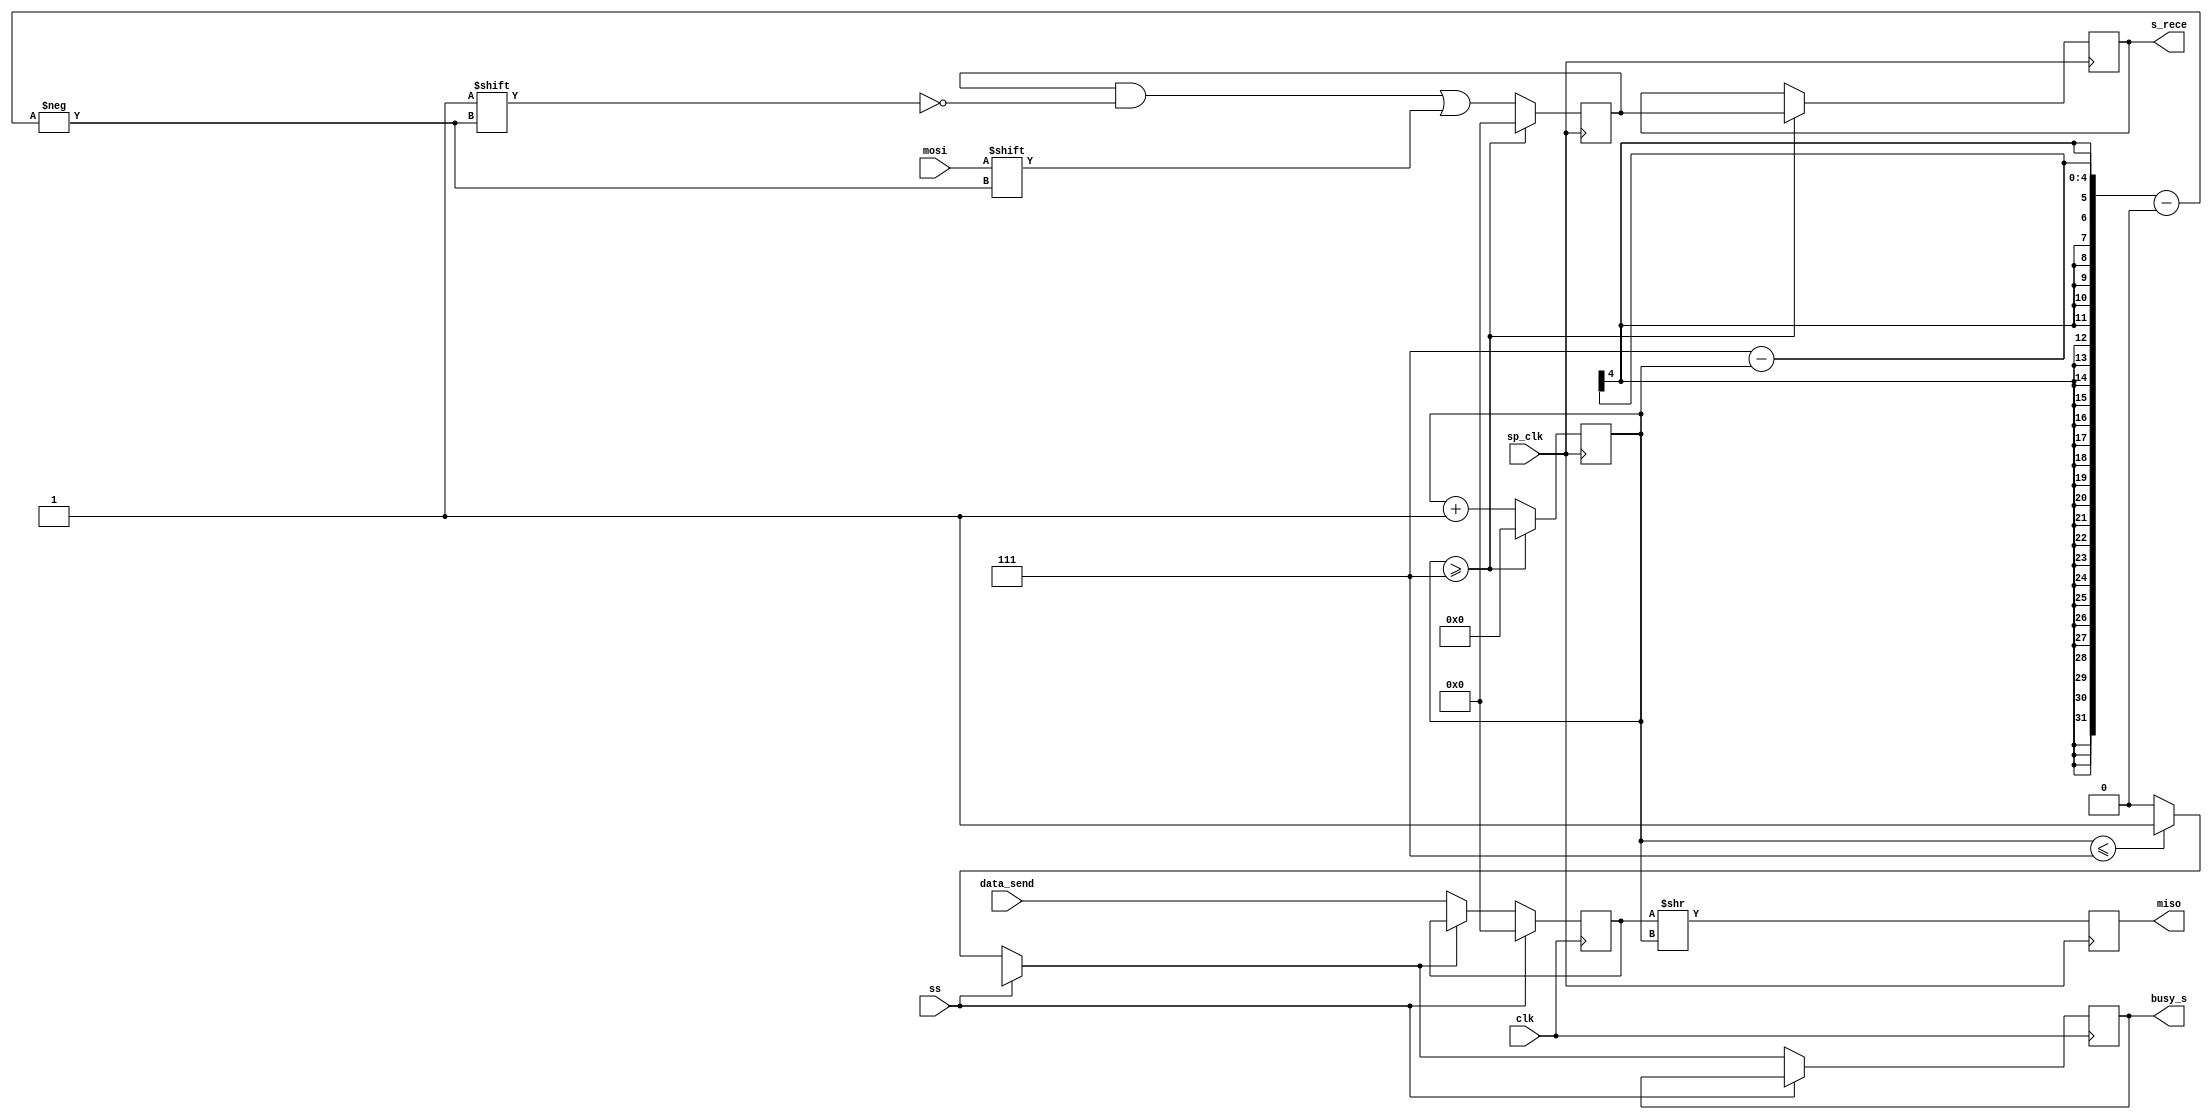
`timescale 1ns / 1ps
//////////////////////////////////////////////////////////////////////////////////
// Company: UET Lahore
// 
// Design Name: 
// Module Name: sp1_s
// Project Name: 
// Target Devices: 
// Tool Versions: 
// Description: 
// 
// Dependencies: 
// 
// Revision:
// Revision 0.01 - File Created
// Additional Comments:
// 
//////////////////////////////////////////////////////////////////////////////////


module sp1_s(
    input [7:0] data_send,
	input clk,
    input sp_clk,
    input mosi,
    input ss,
    output reg miso,
    output reg busy_s,
    output reg [7:0] s_rece
    );
    
    reg [7:0] s_data;
    reg [7:0] mosi_buf;
    reg [7:0] miso_buf;
    reg [3:0] i;
    
    initial begin
    s_rece = 0;
    miso=0;
    busy_s = 0;
    s_data = 0;
    mosi_buf = 0;
    miso_buf = 0;
    i = 0;
    end

    always @ (posedge clk)
    begin
		if (ss == 0)
		begin
			if (i <= 7)
				busy_s = 1;
			else 
				busy_s = 0;

			if (busy_s == 1)
				s_data = s_data;		
			else
				s_data = data_send;
		end
		else
			s_data = 0;
    end

		always @ (posedge sp_clk)
		begin
			miso_buf = s_data>>i;
			miso <= miso_buf[0];
			//i <= i+1;
		end
		always @ (negedge sp_clk)
		begin
			mosi_buf[7-i] <= mosi;
			if (i>=7)
			begin
			    s_rece <= mosi_buf;
				i<=0;
				mosi_buf <= 0;
			end
			else
			   i=i+1; 
		end
endmodule